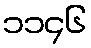
၁၁၄၆